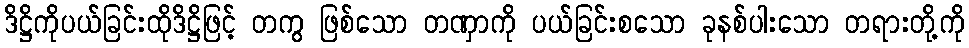
ဒိဋ္ဌိကိုပယ်ခြင်းထိုဒိဋ္ဌိဖြင့် တကွ ဖြစ်သော တဏှာကို ပယ်ခြင်းစသော ခုနစ်ပါးသော တရားတို့ကို